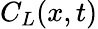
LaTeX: {{C}_{L}}(x,t)